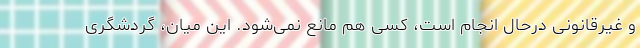
و غیرقانونی درحال انجام است، کسی هم مانع نمی‌شود. این میان، گردشگری